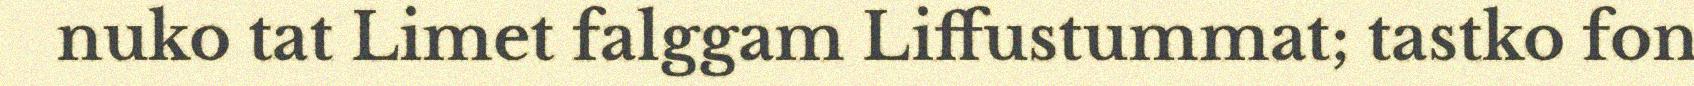
nuko tat Limet falggam Liffustummat; tastko fon